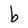
Character: b